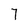
Character: 7